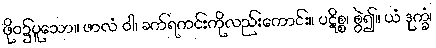
ဖိုဝ၌ပူသော။ ဖာလံ ဝါ၊ ခက်ရကင်းကိုလည်းကောင်း။ ပဋိစ္စ၊ စွဲ၍။ ယံ ဒုက္ခံ၊